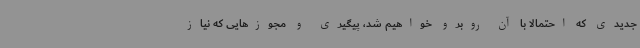
جدیدی که احتمالا با آن روبرو خواهیم شد، پیگیری و مجوزهایی که نیاز